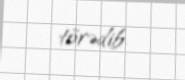
törədib.